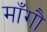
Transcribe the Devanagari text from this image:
माँगौ